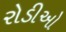
રોડીઓ